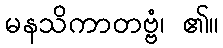
မနသိကာတဗ္ဗံ၊ ၏။